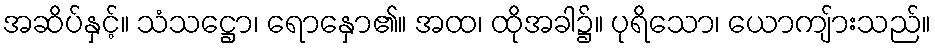
အဆိပ်နှင့်။ သံသဋ္ဌော၊ ရောနှော၏။ အထ၊ ထိုအခါ၌။ ပုရိသော၊ ယောကျ်ားသည်။